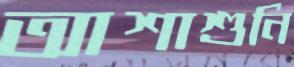
আশাশুনি